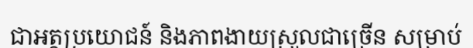
ជាអត្ថប្រយោជន៍ និងភាពងាយស្រួលជាច្រើន សម្រាប់